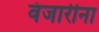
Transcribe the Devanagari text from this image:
वंजारीना